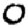
Digit: 0